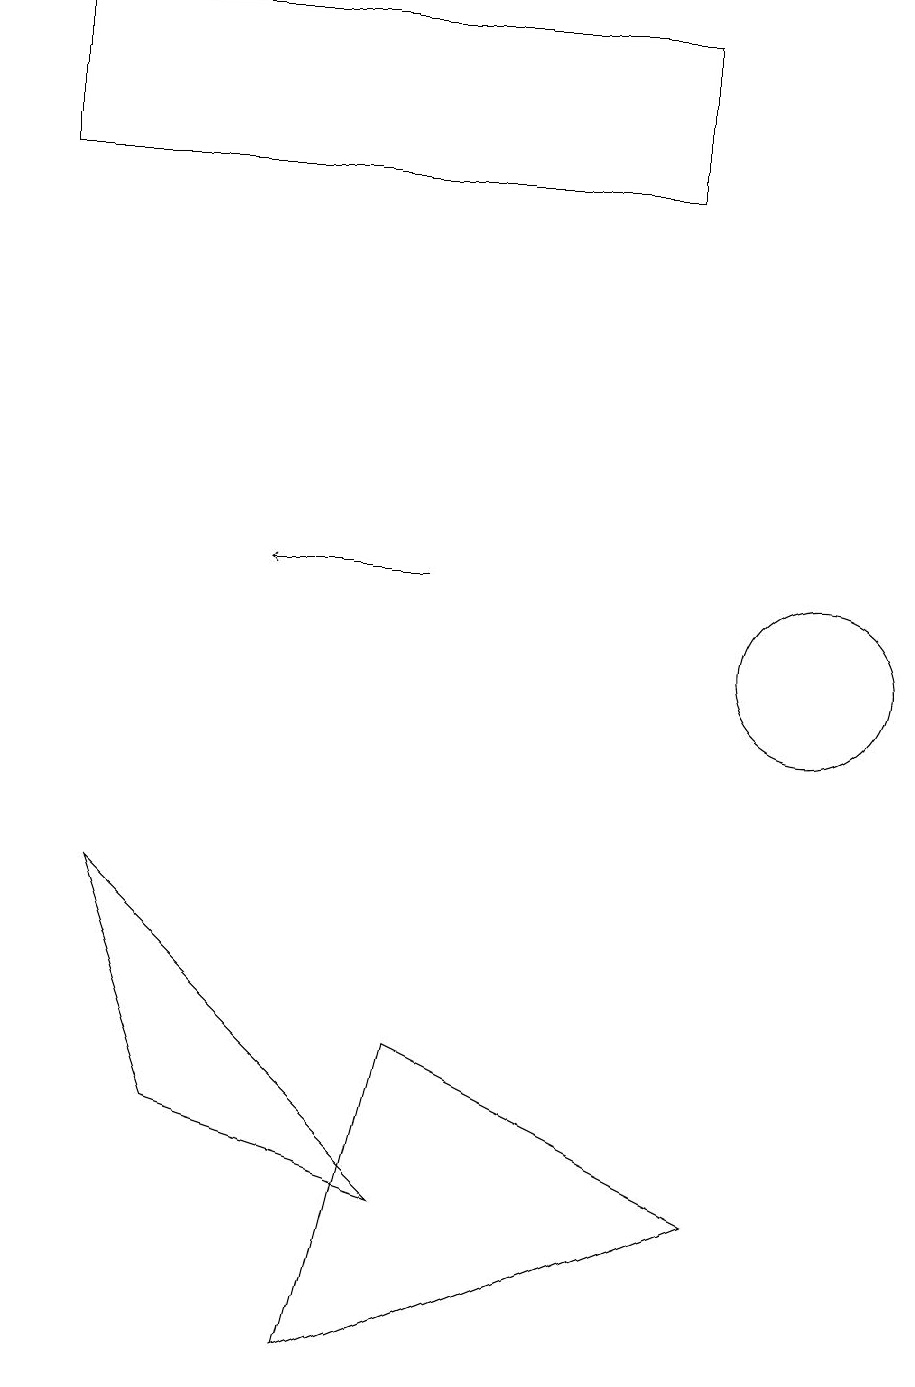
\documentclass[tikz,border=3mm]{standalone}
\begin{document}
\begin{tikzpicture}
\draw (8,16) rectangle (0,18);
\draw (10,10) circle (1);
\draw (4,1) -- (5,5) -- (9,3) -- cycle;
\draw (5,3) -- (1,7) -- (2,4) -- cycle;
\draw[->] (5,11) -- (3,11);
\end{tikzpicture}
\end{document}